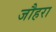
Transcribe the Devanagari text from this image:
जौहरा